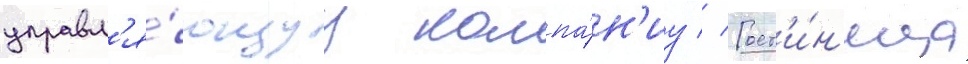
управл'я́ющуу компа́н'иу // Гост'и́н'ица